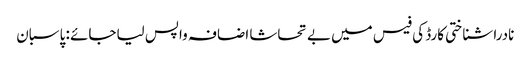
نادرا شناختی کارڈ کی فیس میں بے تحاشا اضافہ واپس لیاجائے : پاسبان